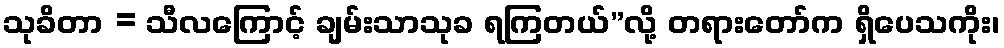
သုခိတာ = သီလကြောင့် ချမ်းသာသုခ ရကြတယ်”လို့ တရားတော်က ရှိပေသကိုး၊